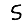
Digit: 5